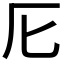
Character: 𠨬